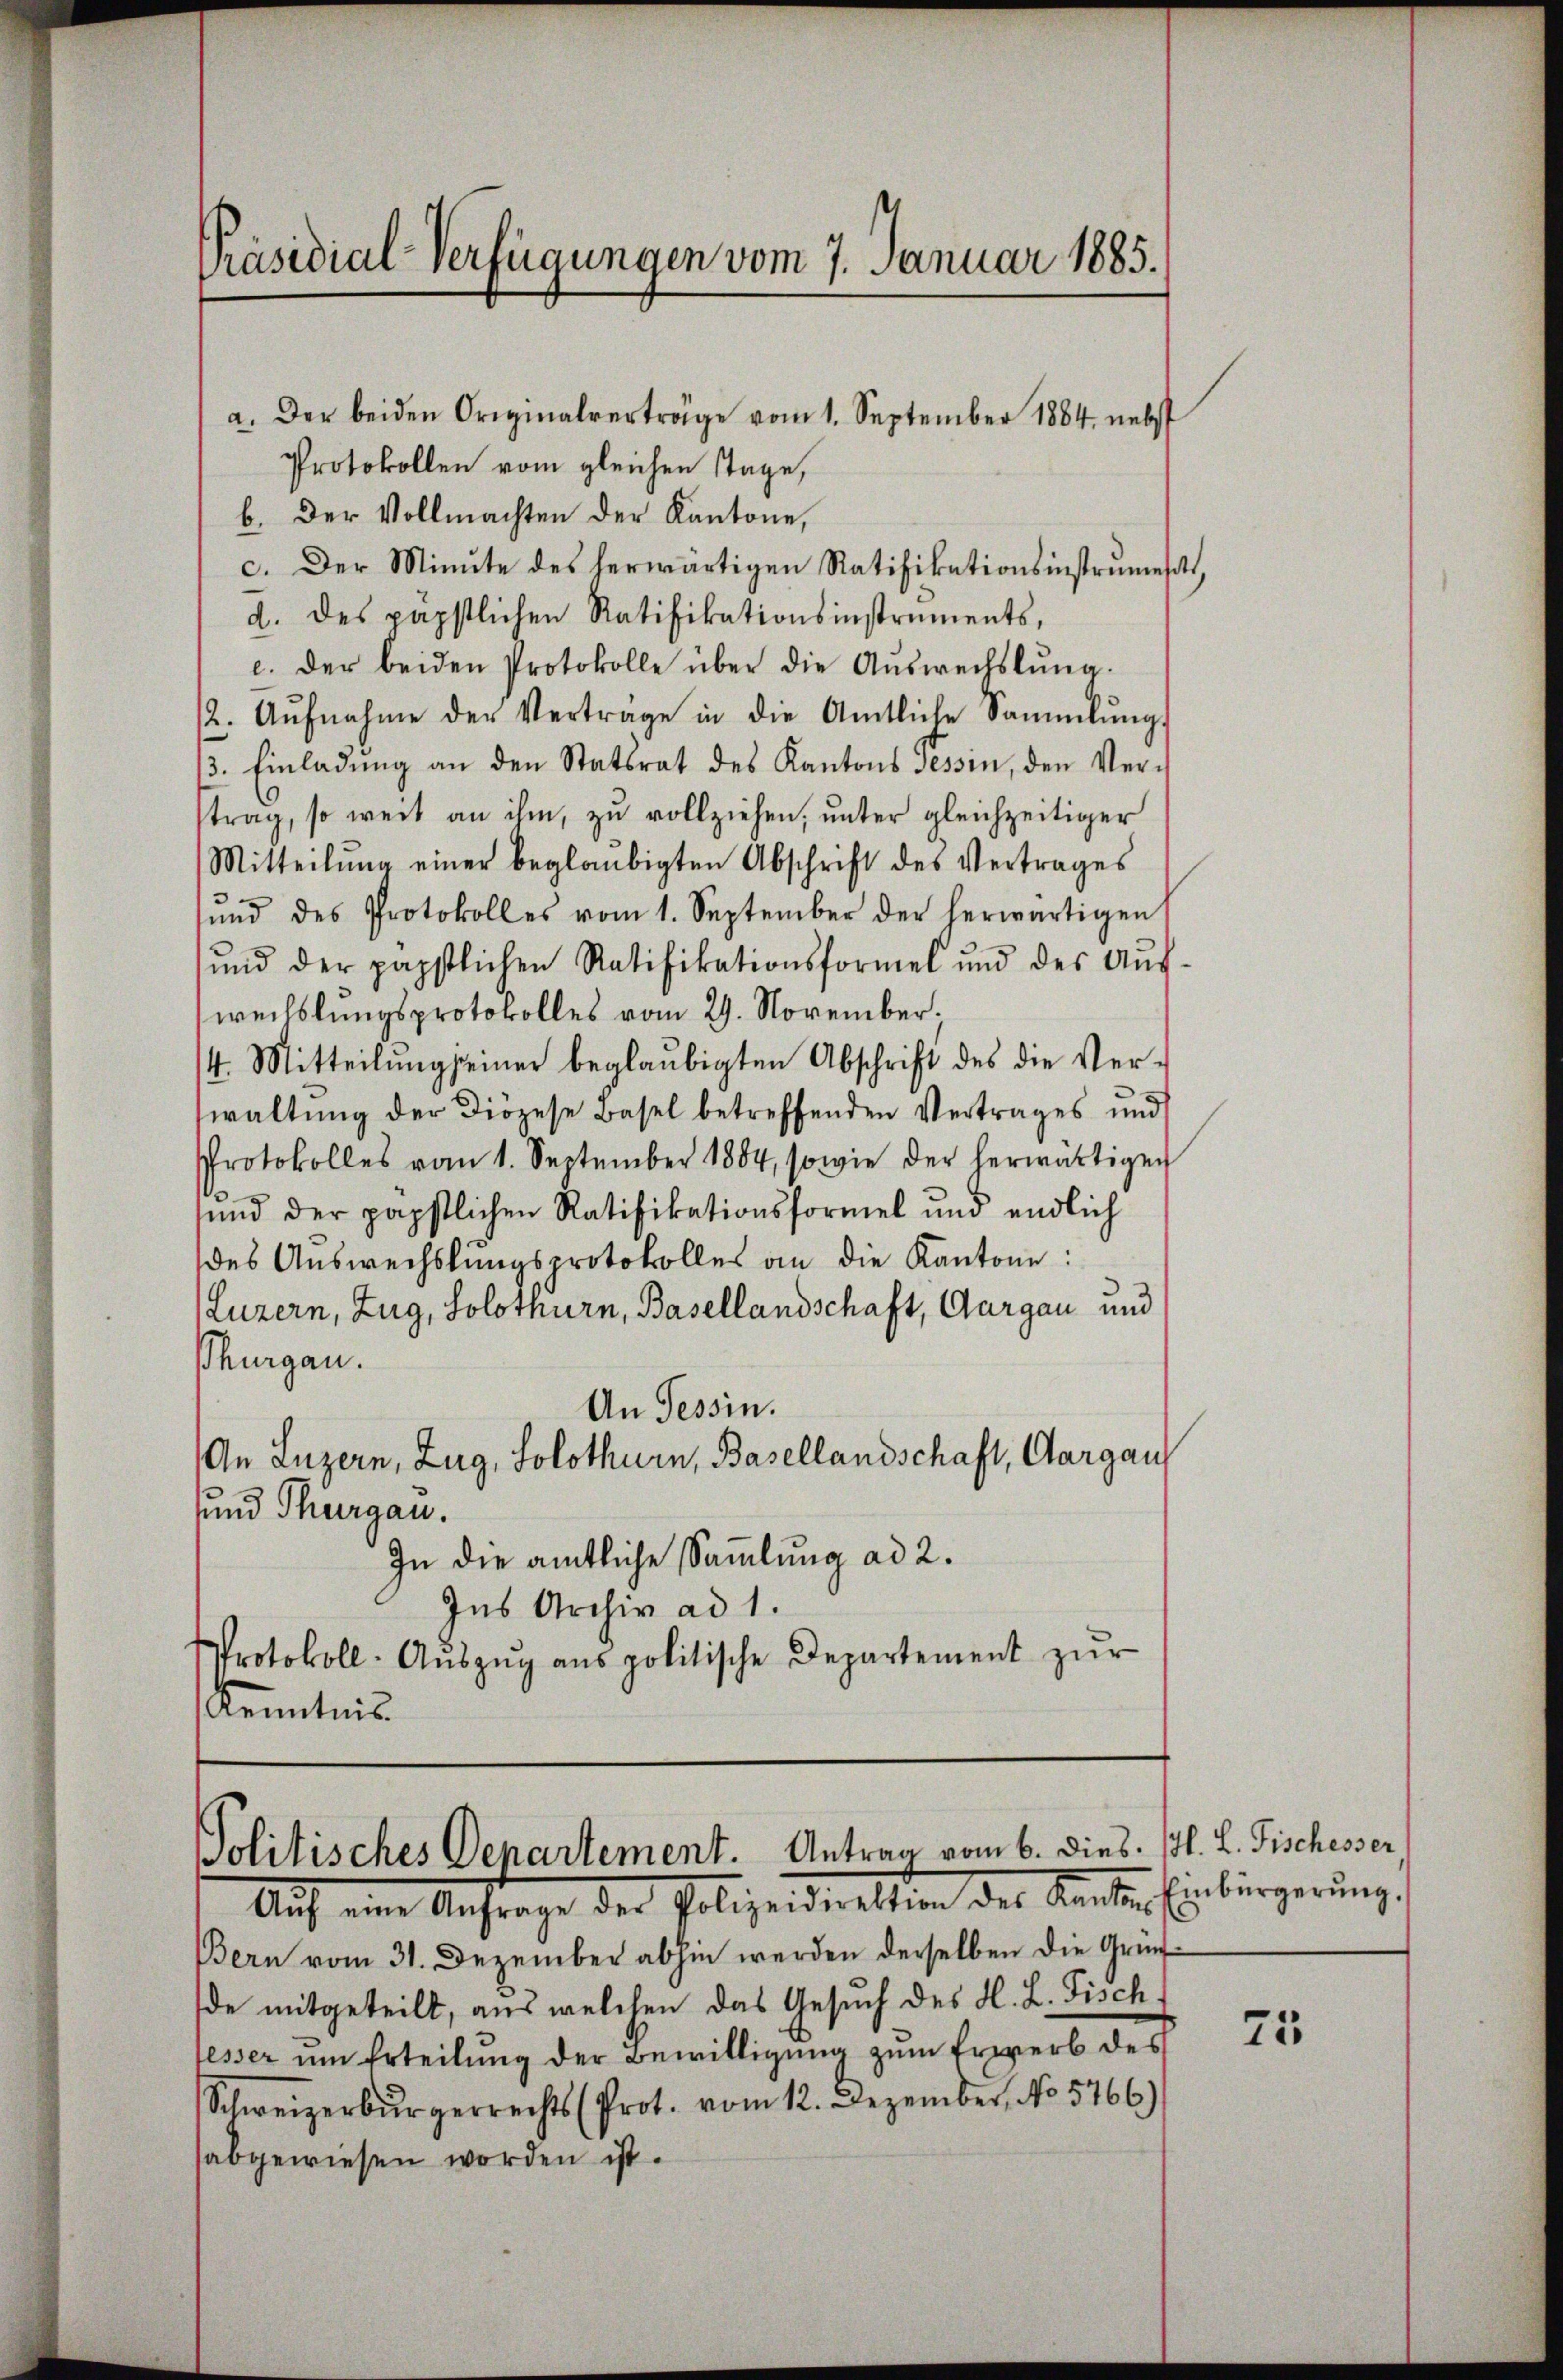
Präsidial-Verfügungen vom 7. Januar 1885.

a. Der beiden Originalverträge vom 1. September 1884 nebst
Protokollen vom gleichen Tage,
b. Der Vollmachten der Kantone,
c. Der Minute des herwärtigen Ratifikationsinstrumesatt
d. des päpstlichen Ratifikationsinstruments,
c. der beiden Protokolle über die Aŭswechslung.
12. Aŭfnahme der Verträge in die Amtliche Sammlung
13. Einladŭng an den Statsrat des Kantons sessen, den Vertrag, so weit an ihm, zu vollziehen, unter gleichzeitiger
Mitteilŭng einer beglaŭbigten Abschrift des Vertrages
sŭnd des Protokoll es vom 1. September der herwärtigen
ŭnd der päpstlichen Ratifikationsformel und des Aŭf-
weilslungsprotokolles vom 29. November.
4. Mitteilung seiner beglaubigten Abschrift des die Verwaltung der Diözese Basel betreffenden Vertrages und
Protokolles vom 1. September 1884, sowie der herwärtigen
und der päpstlichen Ratifikationsformel und endlich
des Auswechslungsprotokolles an die Kantone:
Luzern, Zug, Solothurn, Basellandschaft, Aargau und
Thurgau.
An Tessin.
An Luzern, Zug, Solothurn, Basellandschaft, Aargau
und Thurgau.
In die amtliche Sammlung ad 2.
Ins Archiv ad 1.
Protokoll-Aŭszŭg ans politische Departement zŭr
Kenntnis

Politisches Departement. Antrag vom 6. dies

Auf eine Anfrage der Polizeideretten des Kantin Einbürgerung
Bern vom 31. Dezember abhin werden derselben die Gründe mitgeteilt, aus welchen das Gesuch des H. L. Fisch,
lesser um Erteilung der Bewilligung zum Erwerb des
Schweizerbürgerrechts (Prot. vom 12. Dezember, No 5766)
sabgewiesen worden ist.

G. L. Fischesser

25